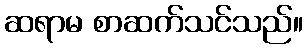
ဆရာမ စာဆက်သင်သည်။